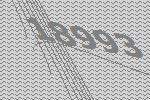
18993